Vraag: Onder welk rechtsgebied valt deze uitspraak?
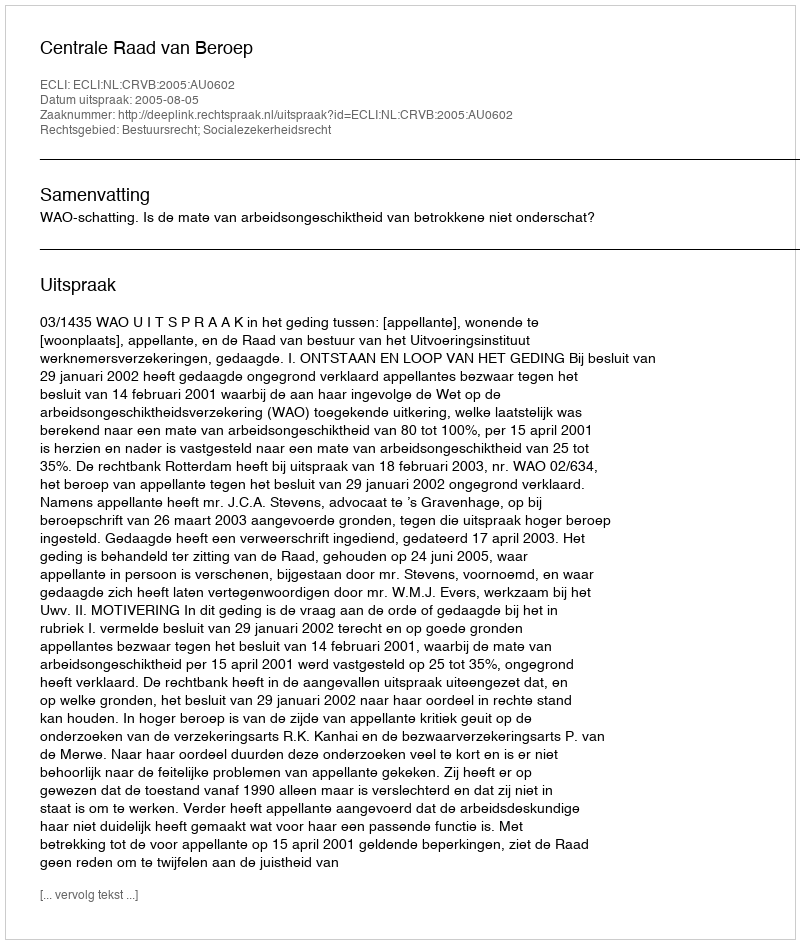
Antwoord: Bestuursrecht; Socialezekerheidsrecht